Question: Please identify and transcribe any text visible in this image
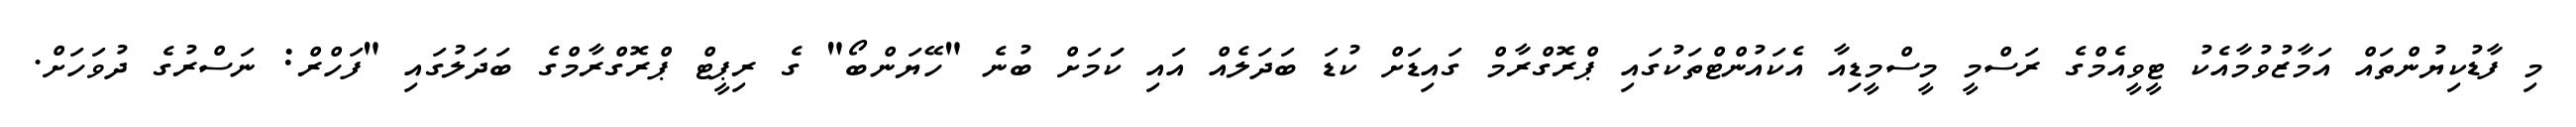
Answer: މި ފާޑުކިޔުންތައް އަމާޒުވުމާއެކު ޓީވީއެމްގެ ރަސްމީ މީސްމީޑިއާ އެކައުންޓްތަކުގައި ޕްރޮގްރާމް ގައިޑަށް ކުޑަ ބަދަލެއް އައި ކަަމަށް ބުނެ "ހޭޔަންބޯ" ގެ ރިޕީޓް ޕްރޮގްރާމްގެ ބަދަލުގައި "ފަހްރް: ނަސްރުގެ ދުވަހަށް.